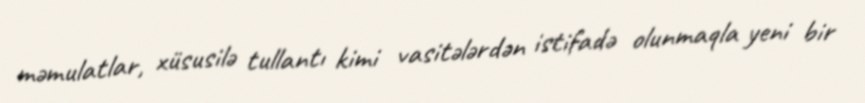
məmulatlar, xüsusilə tullantı kimi vasitələrdən istifadə olunmaqla yeni bir